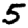
Digit: 5